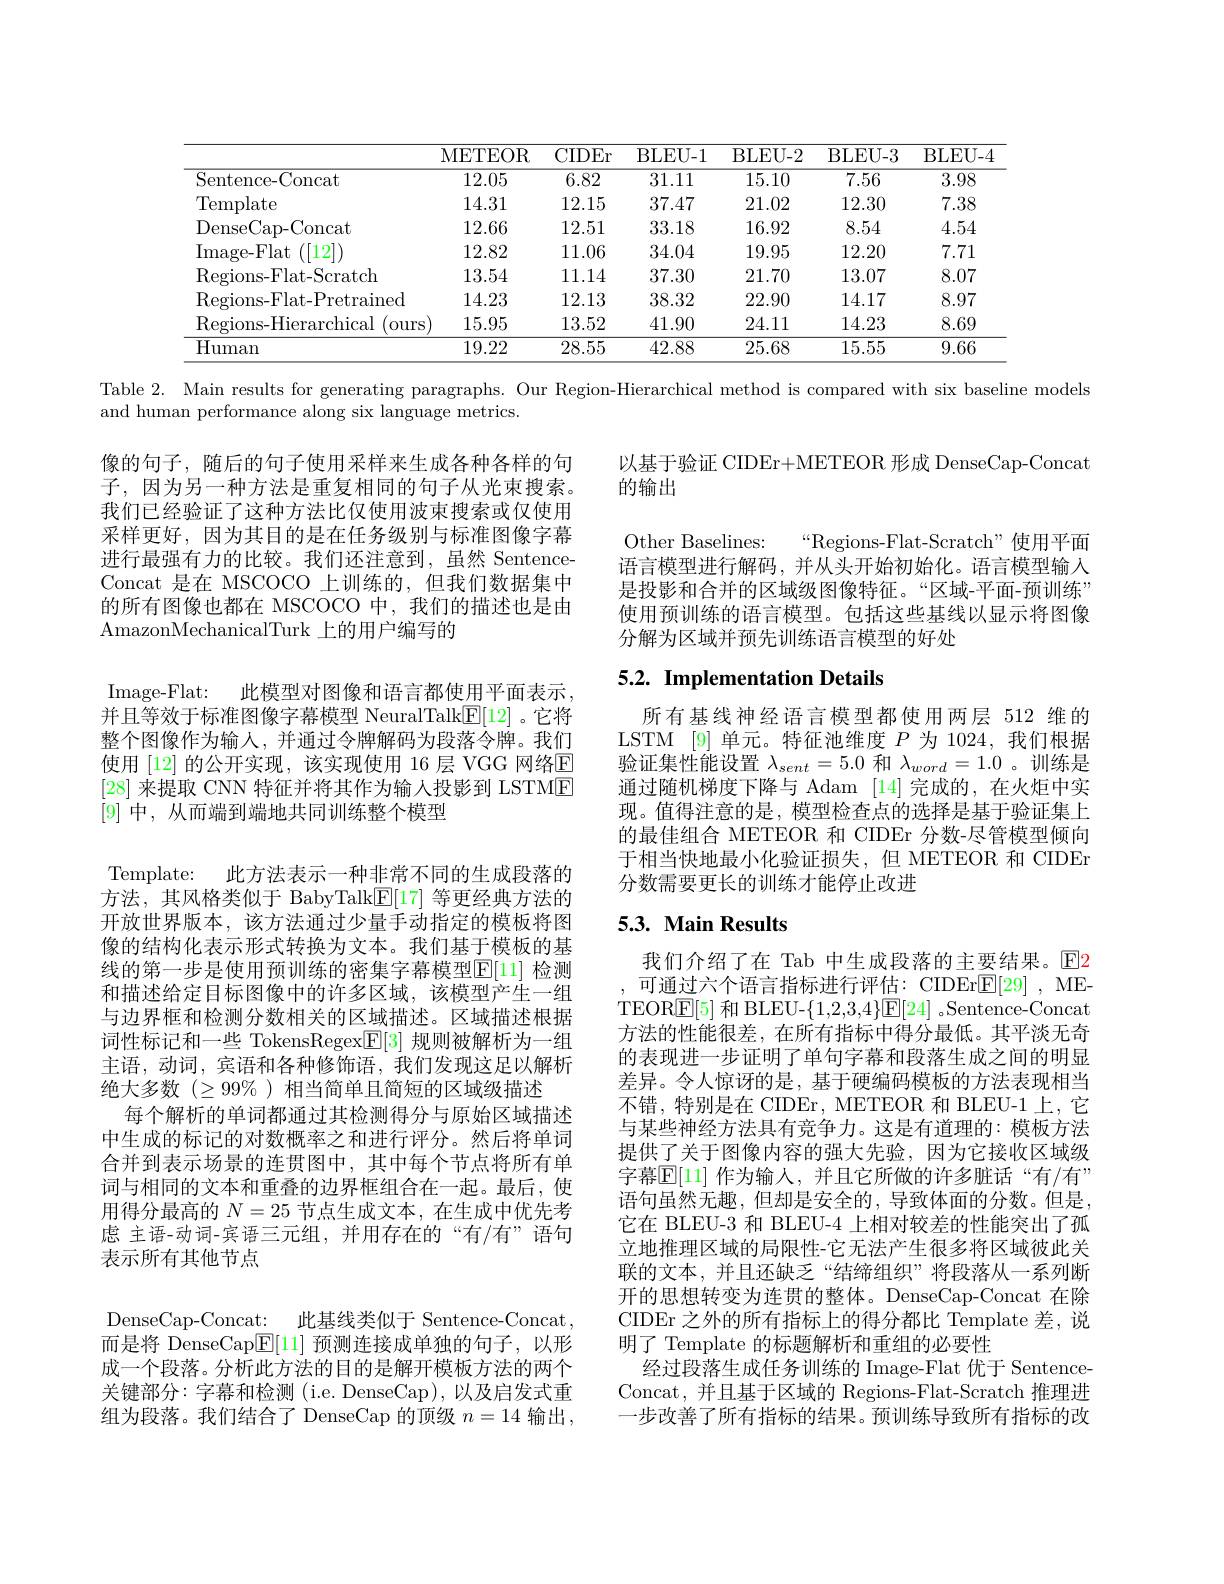
<table>
	<tbody>
		<tr>
			<th> </th>
			<th>METEOR</th>
			<th>CIDEr</th>
			<th>BLEU- 1</th>
			<th>BLEU- 2</th>
			<th>BLEU- 3</th>
			<th>BLEU- 4</th>
		</tr>
		<tr>
			<td>Sentence-Concat</td>
			<td>12.05</td>
			<td>6.82</td>
			<td>31.11</td>
			<td>15.10</td>
			<td>7.56</td>
			<td>3.98</td>
		</tr>
		<tr>
			<td>Template</td>
			<td>14.31</td>
			<td>12.15</td>
			<td>37.47</td>
			<td>21.02</td>
			<td>12.30</td>
			<td>7.38</td>
		</tr>
		<tr>
			<td>DenseCap- Concat</td>
			<td>12.66</td>
			<td>12.51</td>
			<td>33.18</td>
			<td>16.92</td>
			<td>8.54</td>
			<td>4.54</td>
		</tr>
		<tr>
			<td>Image- Flat ([12]</td>
			<td>12.82</td>
			<td>11.06</td>
			<td>34.04</td>
			<td>19.95</td>
			<td>12.20</td>
			<td>7.71</td>
		</tr>
		<tr>
			<td>Regions- Flat- Scratch</td>
			<td>13.54</td>
			<td>11.14</td>
			<td>37.30</td>
			<td>21.70</td>
			<td>13.07</td>
			<td>8.07</td>
		</tr>
		<tr>
			<td>Regions- Flat- Pretrained</td>
			<td>14.23</td>
			<td>12.13</td>
			<td>38.32</td>
			<td>22.90</td>
			<td>14.17</td>
			<td>8.97</td>
		</tr>
		<tr>
			<td>Regions- Hierarchical (ours</td>
			<td>15.95</td>
			<td>13.52</td>
			<td>41.90</td>
			<td>24.11</td>
			<td>14.23</td>
			<td>8.69</td>
		</tr>
		<tr>
			<td>${\overline{{\mathrm{Human}}}}$</td>
			<td>19.22</td>
			<td>28.55</td>
			<td>42.88</td>
			<td>25.68</td>
			<td>15.55</td>
			<td>9.66</td>
		</tr>
	</tbody>
</table>

Table 2. Main results for generating paragraphs. Our Region-Hierarchical method is compared with six baseline models
and human performance along six language metrics.

以基于验证 CIDEr+ METEOR 形成 DenseCap-Concat
的输出

像的句子，随后的句子使用采样来生成各种各样的句子，因为另一种方法是重复相同的句子从光束搜索。我们已经验证了这种方法比仅使用波束搜索或仅使用采样更好，因为其目的是在任务级别与标准图像字幕进行最强有力的比较。我们还注意到，虽然 SentenceConcat 是在 MSCOCO 上训练的，但我们数据集中的所有图像也都在 MSCOCO 中，我们的描述也是由AmazonMechanicalTurk 上的用户编写的

Other Baselines:
$“$Regions-Flat-Scratch”使用平面
语言模型进行解码，并从头开始初始化。语言模型输入是投影和合并的区域级图像特征。“区域-平面-预训练” 使用预训练的语言模型。包括这些基线以显示将图像分解为区域并预先训练语言模型的好处

# 5.2. Implementation Details

Image-Flat: 此模型对图像和语言都使用平面表示并且等效于标准图像字幕模型 NeuralTalk$\underline{\mathrm{F}}[12]$ 。它将整个图像作为输人，并通过令牌解码为段落令牌。我们使用 [12] 的公开实现，该实现使用 16 层 VGG 网络E [28]来提取 CNN 特征并将其作为输入投影到 LSTME [9]中，从而端到端地共同训练整个模型

所有基线神经语言模型都使用两层 512 维的LSTM [9] 单元。特征池维度$P$为 1024,我们根据验证集性能设置$\lambda_{sent}=5.0$和$\lambda_word=1.0$ 。训练是通过随机梯度下降与 Adam [14] 完成的，在火炬中实现。值得注意的是，模型检查点的选择是基于验证集上的最佳组合 METEOR 和 CIDEr 分数-尽管模型倾向于相当快地最小化验证损失，但 METEOR 和 CIDEr 分数需要更长的训练才能停止改进

Template: 此方法表示一种非常不同的生成段落的

方法，其风格类似于 BabyTalk$\underline{\mathrm{E}}[17]$等更经典方法的

开放世界版本，该方法通过少量手动指定的模板将图

# 5.3. Main Results

像的结构化表示形式转换为文本。我们基于模板的基

线的第一步是使用预训练的密集字幕模型$\mathbb{E}[11]$ 检测

和描述给定目标图像中的许多区域，该模型产生一组

与边界框和检测分数相关的区域描述。区域描述根据

词性标记和一些 TokensRegex$\boxed{\mathrm{E}}[3]$规则被解析为一组

主语，动词，宾语和各种修饰语，我们发现这足以解析

绝大多数($\geq99\%)相当简单且简短的区域级描述$

每个解析的单词都通过其检测得分与原始区域描述

中生成的标记的对数概率之和进行评分。然后将单词

合并到表示场景的连贯图中，其中每个节点将所有单

词与相同的文本和重叠的边界框组合在一起。最后，使

我们介绍了在 Tab 中生成段落的主要结果。$\color{red}{\mathrm{E}}2$ 可通过六个语言指标进行评估：CIDEr$\mathbb{E}[29]$, ME-
TEOR$\boxed{\mathrm{F}[5]\text{ 和 BLEU-}\{1,2,3,4\}}\boxed{\mathrm{E}[24]\text{ 。Sentence-Concat}}$ 方法的性能很差，在所有指标中得分最低。其平淡无奇的表现进一步证明了单句字幕和段落生成之间的明显差异。令人惊讶的是，基于硬编码模板的方法表现相当不错，特别是在 CIDEr, METEOR 和 BLEU-1 上，它与某些神经方法具有竞争力。这是有道理的：模板方法提供了关于图像内容的强大先验，因为它接收区域级字幕$\mathbb{E}[11]$ 作为输入，并且它所做的许多脏话“有/有” 语句虽然无趣，但却是安全的，导致体面的分数。但是它在 BLEU-3 和 BLEU-4 上相对较差的性能突出了孤立地推理区域的局限性-它无法产生很多将区域彼此关联的文本，并且还缺乏“结缔组织”将段落从一系列断开的思想转变为连贯的整体。DenseCap-Concat 在除CIDEr 之外的所有指标上的得分都比 Template 差，说明了 Template 的标题解析和重组的必要性
经过段落生成任务训练的 Image-Flat 优于 SentenceConcat, 并且基于区域的 Regions-Flat-Scratch 推理进一步改善了所有指标的结果。预训练导致所有指标的改

用得分最高的$N=25$节点生成文本，在生成中优先考

虑 主语-动词-宾语三元组，并用存在的“有/有”语句

表示所有其他节点

DenseCap-Concat: 此基线类似于 Sentence-Concat 而是将 DenseCap$\boxed{\mathrm{E}}[11]$预测连接成单独的句子，以形成一个段落。分析此方法的目的是解开模板方法的两个关键部分：字幕和检测(i.e.DenseCap),以及启发式重组为段落。我们结合了 DenseCap 的顶级$n=14$输出，